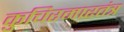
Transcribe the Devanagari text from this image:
कुचिरमारतंत्र